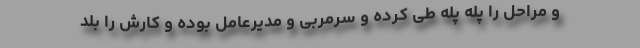
و مراحل را پله پله طی کرده و سرمربی و مدیرعامل بوده و کارش را بلد